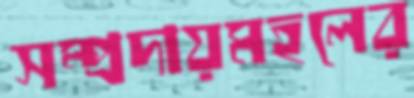
সম্প্রদায়মহলের